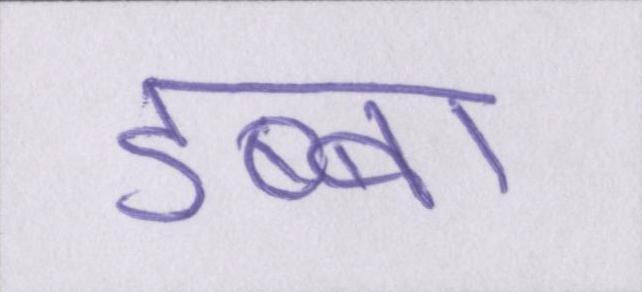
डब्बा